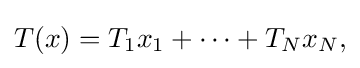
\displaystyle {T(x)=T_{1}x_{1}+\cdots +T_{N}x_{N},}